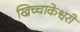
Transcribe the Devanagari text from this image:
खिच्चाकेश्वरी